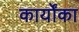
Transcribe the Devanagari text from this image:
कार्योंका